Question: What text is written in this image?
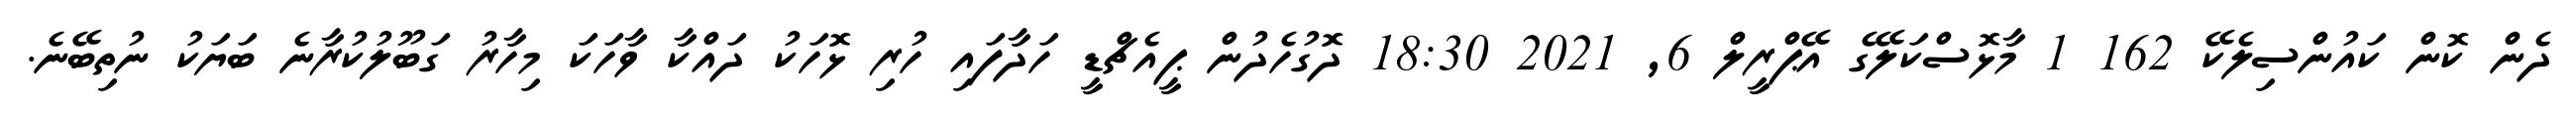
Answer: ދެން ކޮން ކައުންސިލެކޭ 162 1 މާޅޮސްކަލޭގެ އޭޕްރީލް 6, 2021 18:30 ދޮގުހެދުން ޕީއެޗްޑީ ހަދާފައި ހުރި ޅޮހަކު ދައްކާ ވާހަކަ މިހާރު ގަބޫލުކުރާނެ ބަޔަކު ނުތިބޭނެ.